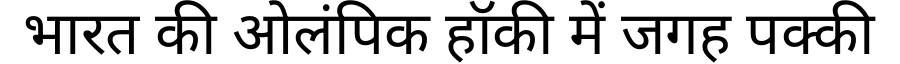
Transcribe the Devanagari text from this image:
भारत की ओलंपिक हॉकी में जगह पक्की